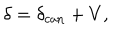
LaTeX: \delta = \delta _ { \mathrm { c a n } } + V ,